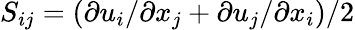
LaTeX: S_{ij}=(\partial u_{i}/\partial x_{j}+\partial u_{j}/\partial x_{i})/2